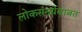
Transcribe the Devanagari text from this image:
लोकसंख्येबाबत